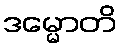
ဒမ္မောတိ